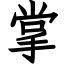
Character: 掌